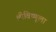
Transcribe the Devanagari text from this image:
श्रीविष्णूला